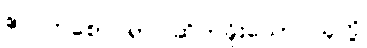
ဧလကစော ရာ၊ ဆိတ်ခိုးသော သူတို့